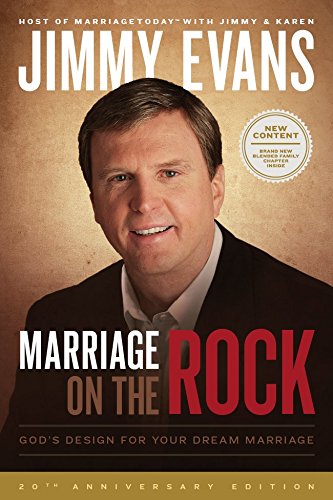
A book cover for Marriage On The Rock: God's Design For Your Dream Marriage; Jimmy Evans; Parenting & Relationships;